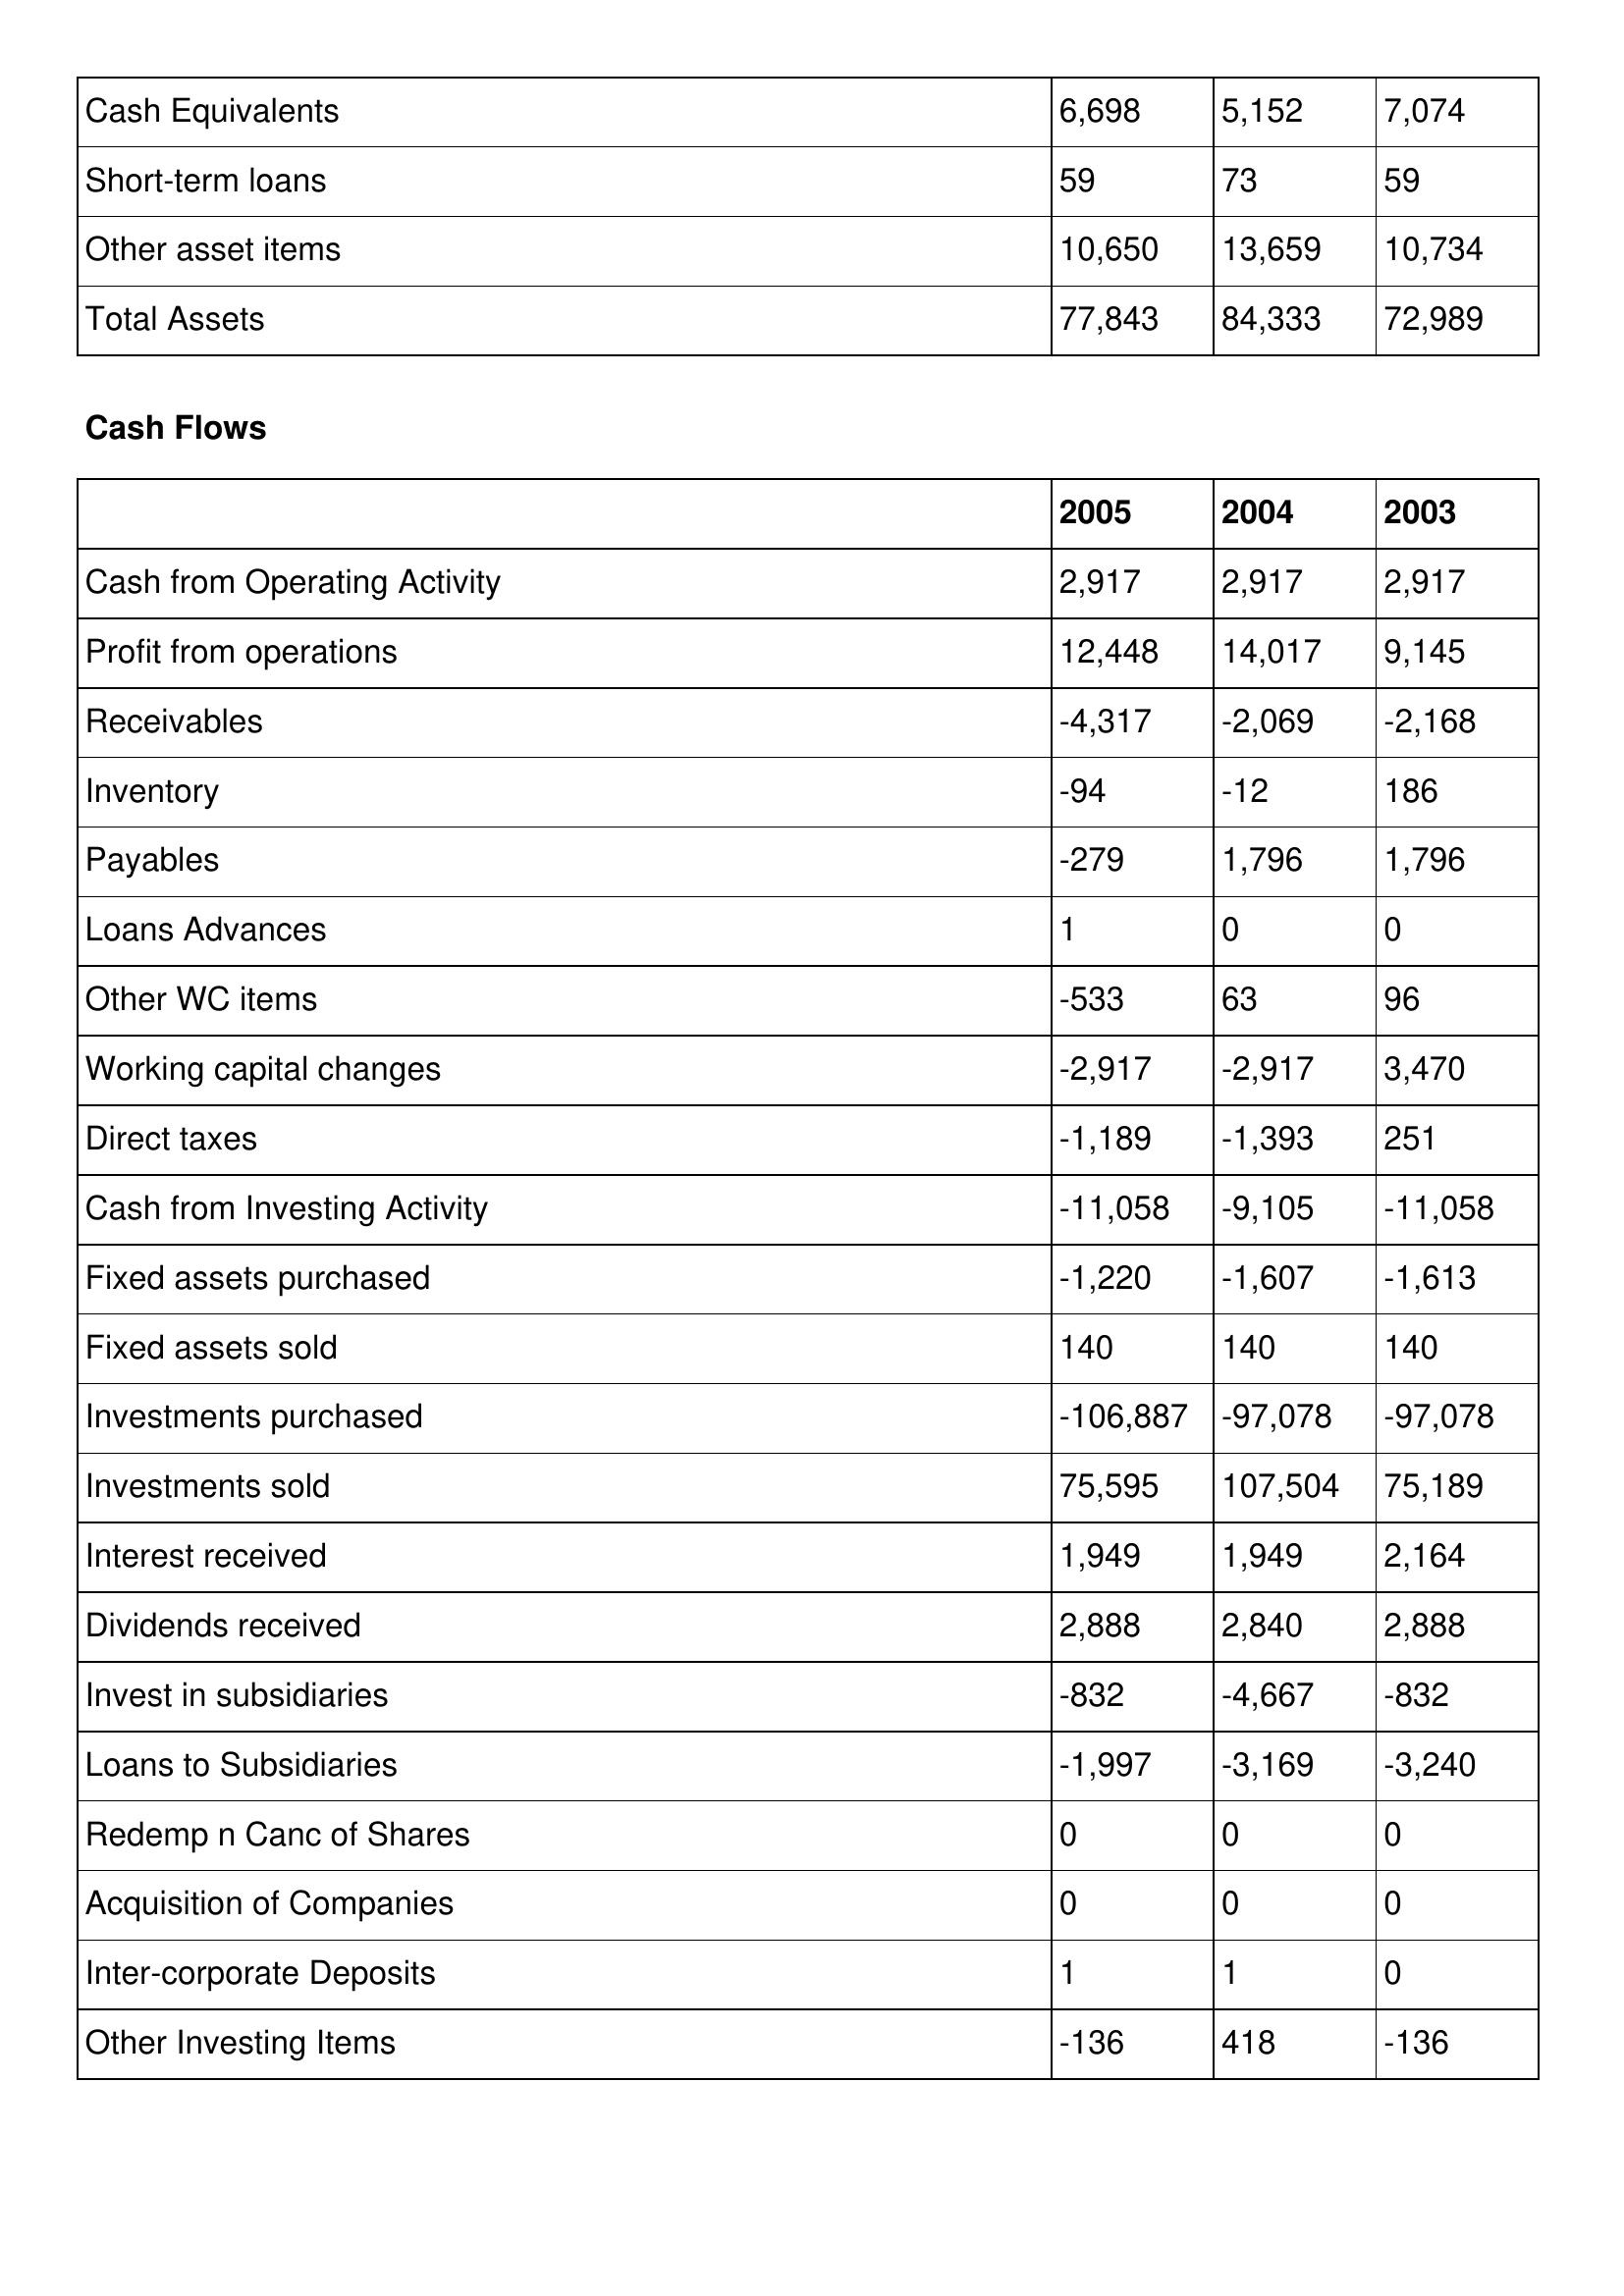
gt_parse: 2005: Balance Sheet: Cash Equivalents: 6,698
Short-term loans: 59
Other asset items: 10,650
Total Assets: 77,843
Cash Flows: Cash from Operating Activity: 2,917
Profit from operations: 12,448
Receivables: -4,317
Inventory: -94
Payables: -279
Loans Advances: 1
Other WC items: -533
Working capital changes: -2,917
Direct taxes: -1,189
Cash from Investing Activity: -11,058
Fixed assets purchased: -1,220
Fixed assets sold: 140
Investments purchased: -106,887
Investments sold: 75,595
Interest received: 1,949
Dividends received: 2,888
Invest in subsidiaries: -832
Loans to Subsidiaries: -1,997
Redemp n Canc of Shares: 0
Acquisition of Companies: 0
Inter-corporate Deposits: 1
Other Investing Items: -136
2004: Balance Sheet: Cash Equivalents: 5,152
Short-term loans: 73
Other asset items: 13,659
Total Assets: 84,333
Cash Flows: Cash from Operating Activity: 2,917
Profit from operations: 14,017
Receivables: -2,069
Inventory: -12
Payables: 1,796
Loans Advances: 0
Other WC items: 63
Working capital changes: -2,917
Direct taxes: -1,393
Cash from Investing Activity: -9,105
Fixed assets purchased: -1,607
Fixed assets sold: 140
Investments purchased: -97,078
Investments sold: 107,504
Interest received: 1,949
Dividends received: 2,840
Invest in subsidiaries: -4,667
Loans to Subsidiaries: -3,169
Redemp n Canc of Shares: 0
Acquisition of Companies: 0
Inter-corporate Deposits: 1
Other Investing Items: 418
2003: Balance Sheet: Cash Equivalents: 7,074
Short-term loans: 59
Other asset items: 10,734
Total Assets: 72,989
Cash Flows: Cash from Operating Activity: 2,917
Profit from operations: 9,145
Receivables: -2,168
Inventory: 186
Payables: 1,796
Loans Advances: 0
Other WC items: 96
Working capital changes: 3,470
Direct taxes: 251
Cash from Investing Activity: -11,058
Fixed assets purchased: -1,613
Fixed assets sold: 140
Investments purchased: -97,078
Investments sold: 75,189
Interest received: 2,164
Dividends received: 2,888
Invest in subsidiaries: -832
Loans to Subsidiaries: -3,240
Redemp n Canc of Shares: 0
Acquisition of Companies: 0
Inter-corporate Deposits: 0
Other Investing Items: -136